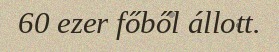
60 ezer főből állott.